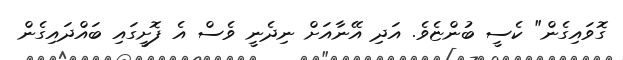
ގޮވައިގެން" ކެސީ ބުންޏެވެ. އަދި އޭނާއަށް ނިދެނީ ވެސް އެ ފޮށީގައި ބައްދައިގެން